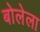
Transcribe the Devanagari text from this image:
बोलेला